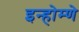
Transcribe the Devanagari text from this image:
इन्होम्णे